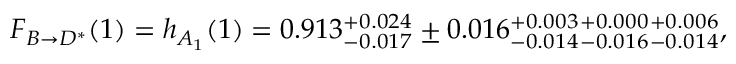
{ \cal F } _ { B \to D ^ { * } } ( 1 ) = h _ { A _ { 1 } } ( 1 ) = 0 . 9 1 3 { } _ { - 0 . 0 1 7 } ^ { + 0 . 0 2 4 } \pm 0 . 0 1 6 { } _ { - 0 . 0 1 4 } ^ { + 0 . 0 0 3 } { } _ { - 0 . 0 1 6 } ^ { + 0 . 0 0 0 } { } _ { - 0 . 0 1 4 } ^ { + 0 . 0 0 6 } ,